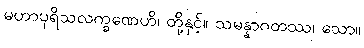
မဟာပုရိသလက္ခဏေဟိ၊ တို့နှင့်။ သမန္နာဂတဿ၊ သော။